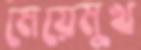
মেয়েমুখ